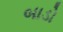
બાડો